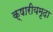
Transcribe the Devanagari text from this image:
क्षारीयमृदा